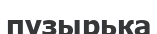
пузырька